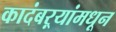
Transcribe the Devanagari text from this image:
कादंबऱ्यांमधून